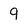
Character: 9